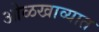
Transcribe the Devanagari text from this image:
ओळखाव्यात